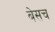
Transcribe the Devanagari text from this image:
बेसच